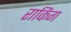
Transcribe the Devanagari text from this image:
राकिंग